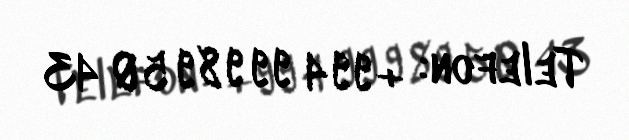
Telefon: +994 99 989 50 43